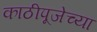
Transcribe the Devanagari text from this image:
काठीपूजेच्या